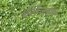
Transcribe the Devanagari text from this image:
चॅलेंजर्सने